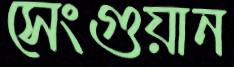
সেংগুয়ান